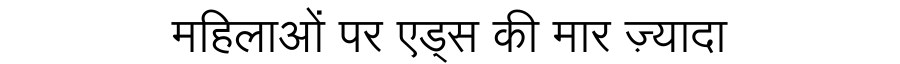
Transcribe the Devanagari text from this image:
महिलाओं पर एड्स की मार ज़्यादा